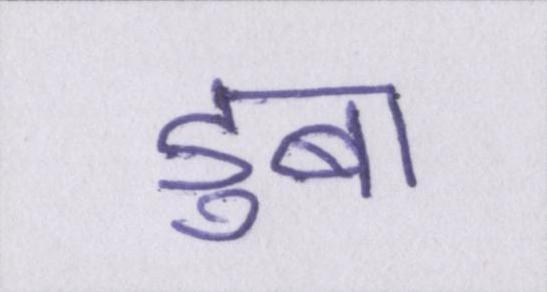
डुबा